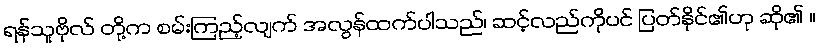
ရန်သူဗိုလ် တို့က စမ်းကြည့်လျက် အလွန်ထက်ပါသည်၊ ဆင့်လည်ကိုပင် ပြတ်နိုင်၏ဟု ဆို၏ ။